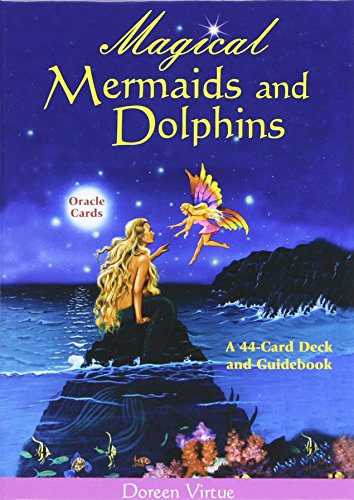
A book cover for Magical Mermaids and Dolphin Oracle Cards: A 44-Card Deck and Guidebook; Doreen Virtue; Religion & Spirituality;